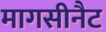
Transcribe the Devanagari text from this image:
मागसीनैट